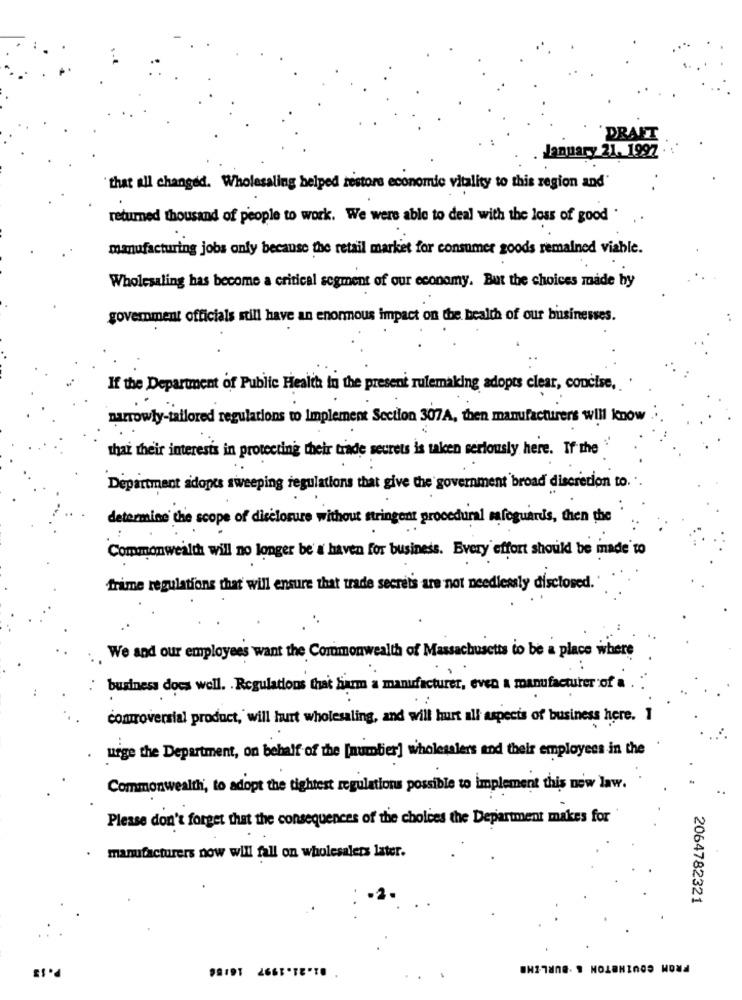
DRAFT
January 21. 1992
that all changed. Wholesaling helped restore economie vitality to this region and"
returned thousand of people to work. We were able to deal with the loss of good .
manufacturing jobs only because the retail market for consumer goods remained viable.
Wholesaling has become a critical segment of our economy. But the choices made by
government officials still have an enormous impact on the bealth of our businesses.
If the Department of Public Health in the present rulemaking adopts clear, concise ,. '
narrowly-tailored regulations to Implement Section 307A, then manufacturers will know
that their interests in protecting their trade secrets is taken seriously here. If the "
Department adopts sweeping regulations that give the government broad discretion to. ..
determine the scope of disclosure without stringent procedural ma foguards, then the
Commonwealth will no longer be' a haven for business. Every effort should be inade to
frime regulations that will ensure that trade secrets are not needlessly disclosed.
. . We and our employees want the Commonwealth of Massachusetts to be a place where
business does well. . Regulations that fiamm a manufacturer, even a manufacturer of a
controversial product, will hunt wholesaling, and will hurt all aspects of business here. I
urge the Department, on behalf of the [number] wholesalers and their employees in the
Commonwealth, to adopt the tightest regulations possible to implement this new law.
Please don't forget that the consequences of the choices the Department makes for
manufacturers now will fall on wholesalers later.
2064782321
P. 13
FROM COUTHETON & .BURLTHE